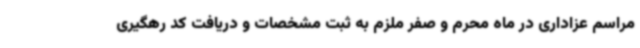
مراسم عزاداری در ماه محرم و صفر ملزم به ثبت مشخصات و دریافت کد رهگیری